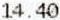
14.40